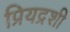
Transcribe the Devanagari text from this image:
प्रियद्रशी